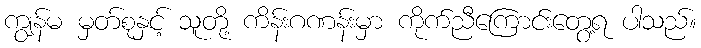
ကျွန်မ မှတ်စုနှင့် သူတို့ ကိန်းဂဏန်းမှာ ကိုက်ညီကြောင်းတွေ့ရ ပါသည်။